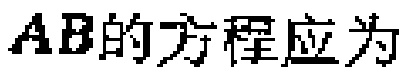
\(AB的方程应为\)